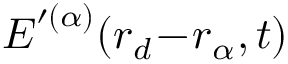
\boldsymbol { E } ^ { \prime ( \alpha ) } ( \boldsymbol { r } _ { d } \! - \! \boldsymbol { r } _ { \alpha } , t )